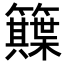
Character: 𥷕